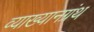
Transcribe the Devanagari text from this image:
व्याख्यानग्रंथ